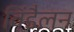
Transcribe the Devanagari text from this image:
विंडैलन